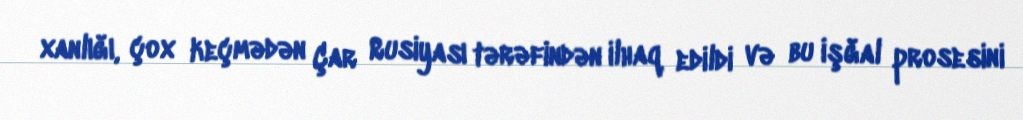
xanlığı, çox keçmədən Çar Rusiyası tərəfindən ilhaq edildi və bu işğal prosesini